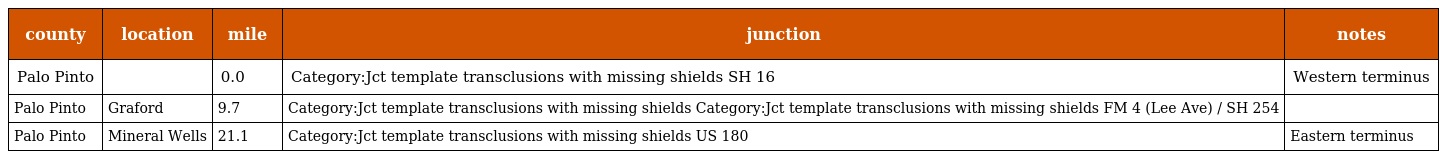
| county | location | mile | junction | notes |
 | --- | --- | --- | --- | --- |
 | Palo Pinto |  | 0.0 | Category:Jct template transclusions with missing shields SH 16 | Western terminus |
 | Palo Pinto | Graford | 9.7 | Category:Jct template transclusions with missing shields Category:Jct template transclusions with missing shields FM 4 (Lee Ave) / SH 254 |  |
 | Palo Pinto | Mineral Wells | 21.1 | Category:Jct template transclusions with missing shields US 180 | Eastern terminus |